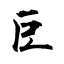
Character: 巨